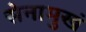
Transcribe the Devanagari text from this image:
सेनामुखं